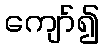
ကျော်၍